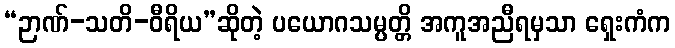
“ဉာဏ်-သတိ-ဝီရိယ”ဆိုတဲ့ ပယောဂသမ္ပတ္တိ အကူအညီရမှသာ ရှေးကံက